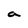
Character: a